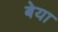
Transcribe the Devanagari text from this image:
बेया